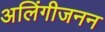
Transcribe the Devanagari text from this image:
अलिंगीजनन